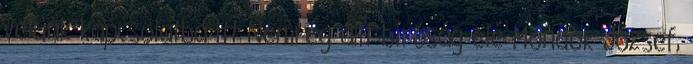
velünk kapcsolatba itt Nemrég állt bíróság elé Mondok József,